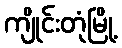
ကျိုင်းတုံမြို့